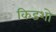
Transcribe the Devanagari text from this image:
किडशो